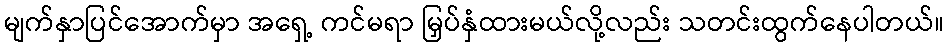
မျက်နှာပြင်အောက်မှာ အရှေ့ ကင်မရာ မြှပ်နှံထားမယ်လို့လည်း သတင်းထွက်နေပါတယ်။